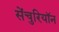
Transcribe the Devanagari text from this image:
सेंचुरियॉन